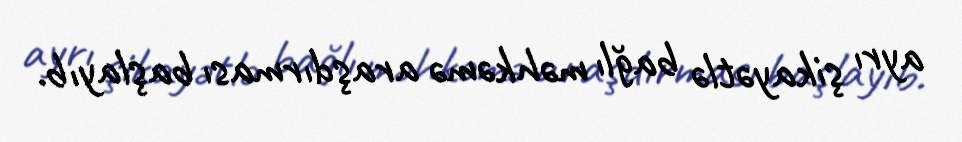
ayrı şikayətlə bağlı məhkəmə araşdırması başlayıb.